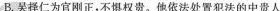
B.吴择仁为官刚正，布局权贵‘他依法处置犯法的中贵人